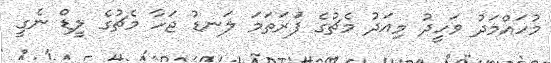
މުހައްމަދު ވަހީދު މިއަދު މެޗުގެ ފުަރަތަމަ ލަނޑު ޖަހާ މެޗުގެ ލީޑް ނެގީ